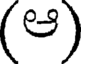
(ఆ)